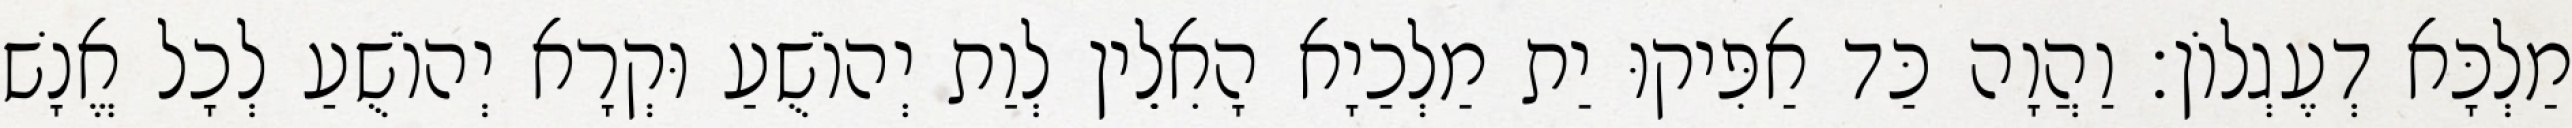
מַלְכָּא דְעֶגְלוֹן׃ וַהֲוָה כַּד אַפִּיקוּ יַת מַלְכַיָא הָאִלֵין לְוַת יְהוֹשֻׁעַ וּקְרָא יְהוֹשֻׁעַ לְכָל אֱנָשׁ